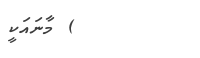
) މާނައަކީ